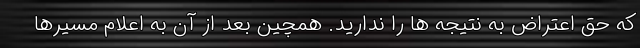
که حق اعتراض به نتیجه ها را ندارید. همچین بعد از آن به اعلام مسیرها